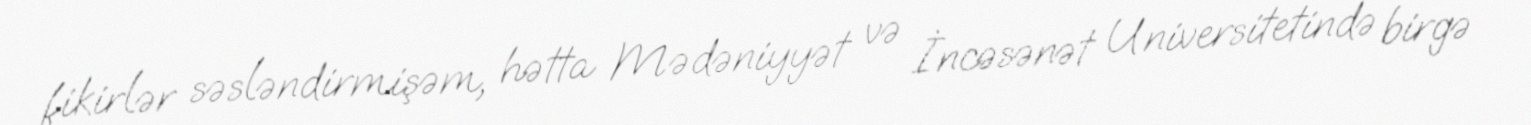
fikirlər səsləndirmişəm, hətta Mədəniyyət və İncəsənət Universitetində birgə